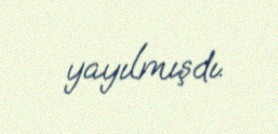
yayılmışdı.